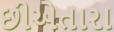
છીએતારા